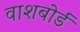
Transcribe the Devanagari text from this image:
वाशबोर्ड